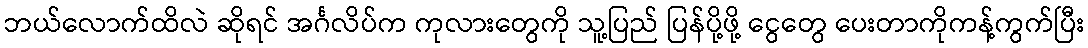
ဘယ်လောက်ထိလဲ ဆိုရင် အင်္ဂလိပ်က ကုလားတွေကို သူ့ပြည် ပြန်ပို့ဖို့ ငွေတွေ ပေးတာကိုကန့်ကွက်ပြီး